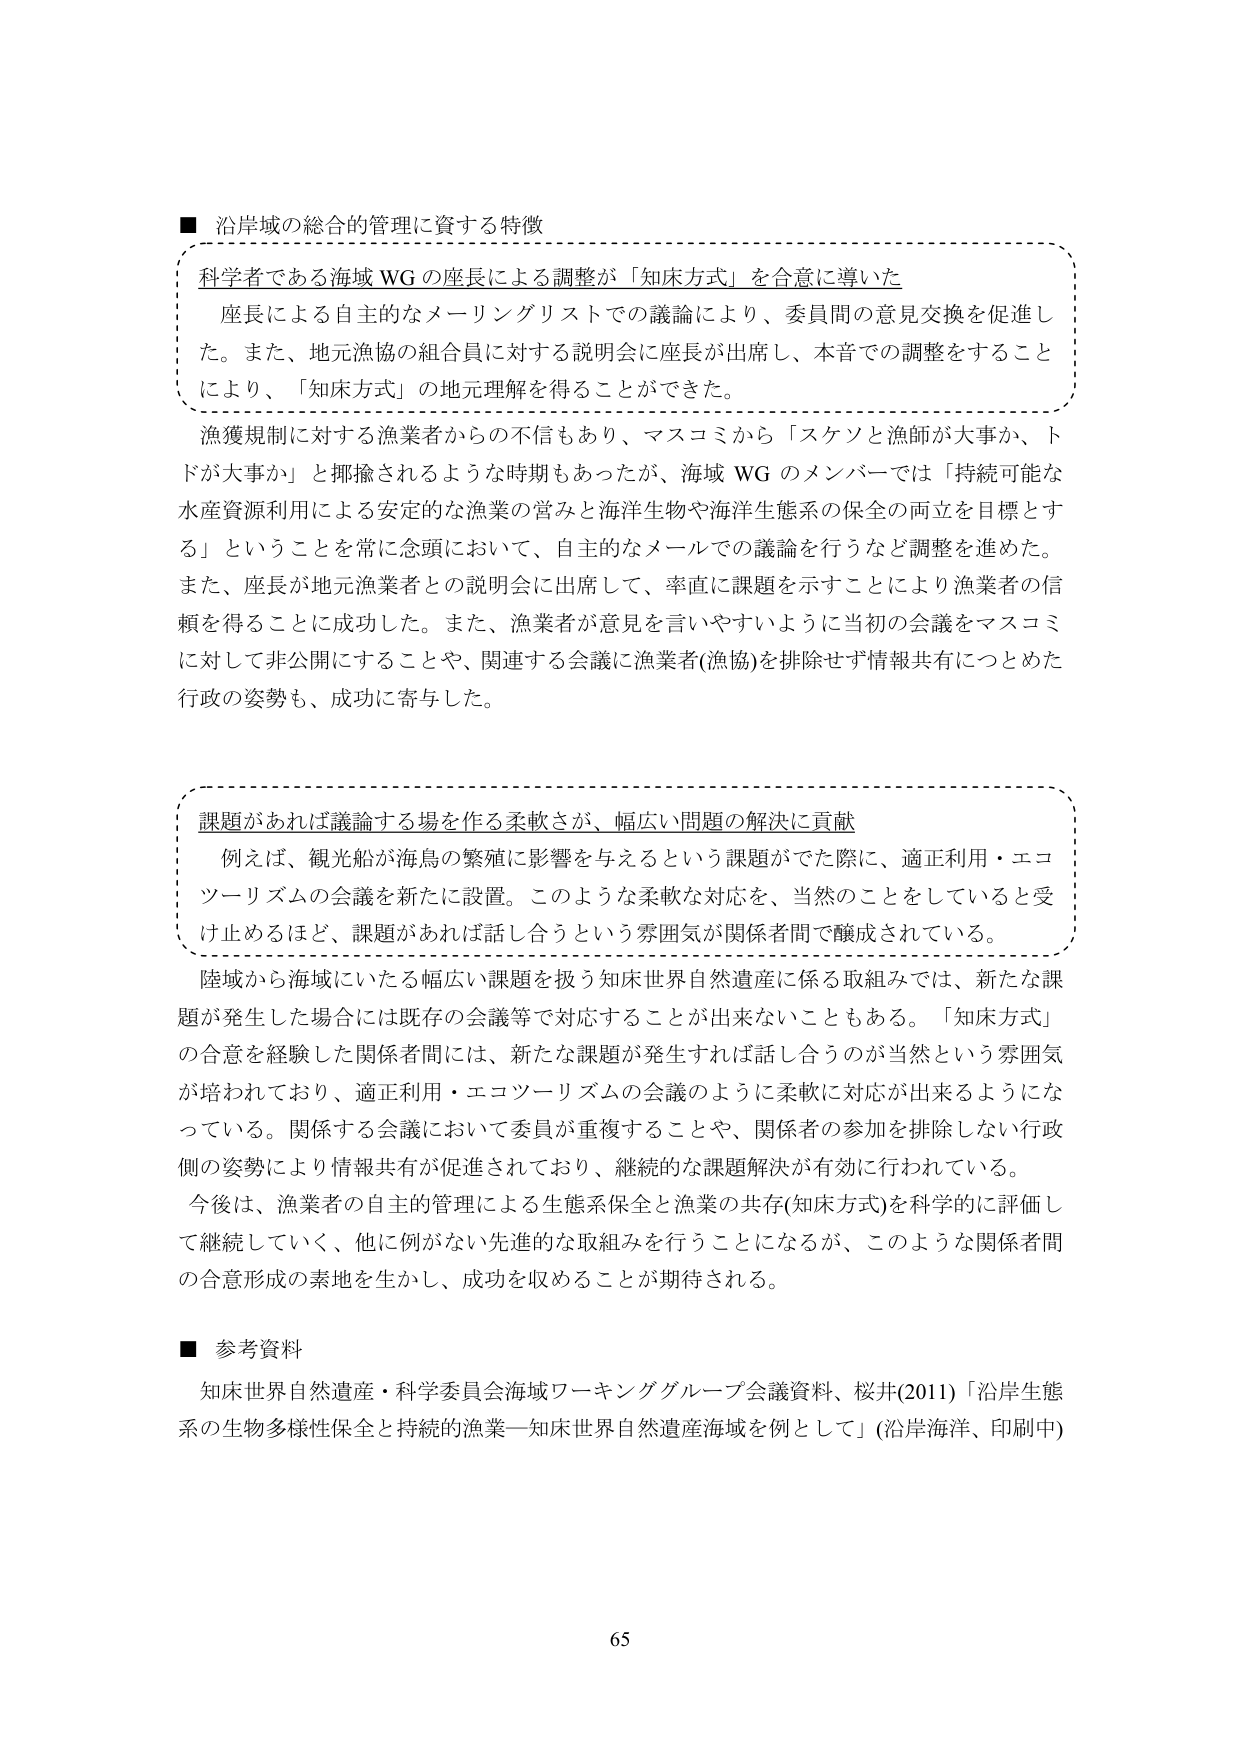
■ 沿岸域の総合的管理に資する特徴

科学者である海域 WG の座長による調整が「知床方式」を合意に導いた
　座長による自主的なメーリングリストでの議論により、委員間の意見交換を促進した。また、地元漁協の組合員に対する説明会に座長が出席し、本音での調整をすることにより、「知床方式」の地元理解を得ることができた。

漁獲規制に対する漁業者からの不信もあり、マスコミから「スケソと漁師が大事か、トドが大事か」と揶揄されるような時期もあったが、海域 WG のメンバーでは「持続可能な水産資源利用による安定的な漁業の営みと海洋生物や海洋生態系の保全の両立を目標とする」ということを常に念頭において、自主的なメールでの議論を行うなど調整を進めた。また、座長が地元漁業者との説明会に出席して、率直に課題を示すことにより漁業者の信頼を得ることに成功した。また、漁業者が意見を言いやすいように当初の会議をマスコミに対して非公開にすることや、関連する会議に漁業者(漁協)を排除せず情報共有に努めた行政の姿勢も、成功に寄与した。

課題があれば議論する場を作る柔軟さが、幅広い問題の解決に貢献
　例えば、観光船が海鳥の繁殖に影響を与えるという課題がでた際に、適正利用・エコツーリズムの会議を新たに設置。このような柔軟な対応を、当然のことをしていると受け止めるほど、課題があれば話し合うという雰囲気が関係者間で醸成されている。

陸域から海域にいたる幅広い課題を扱う知床世界自然遺産に係る取組みでは、新たな課題が発生した場合には既存の会議等で対応することが出来ないこともある。「知床方式」の合意を経験した関係者間には、新たな課題が発生すれば話し合うのが当然という雰囲気が培われており、適正利用・エコツーリズムの会議のように柔軟に対応が出来るようになっている。関係する会議において委員が重複することや、関係者の参加を排除しない行政側の姿勢により情報共有が促進されており、継続的な課題解決が有効に行われている。

今後は、漁業者の自主的管理による生態系保全と漁業の共存(知床方式)を科学的に評価して継続していく、他に例がない先進的な取組みを行うことになるが、このような関係者間の合意形成の素地を生かし、成功を収めることが期待される。

■ 参考資料
知床世界自然遺産・科学委員会海域ワーキンググループ会議資料、桜井(2011)「沿岸生態系の生物多様性保全と持続的漁業―知床世界自然遺産海域を例として」(沿岸海洋、印刷中)

65